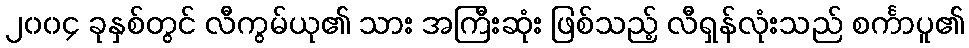
၂၀၀၄ ခုနှစ်တွင် လီကွမ်ယု၏ သား အကြီးဆုံး ဖြစ်သည့် လီရှန်လုံးသည် စင်္ကာပူ၏